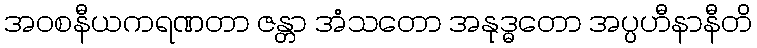
အဝစနီယကရဏတာ ဇန္တာ အံသတော အနုဒ္ဓတော အပ္ပဟီနာနီတိ